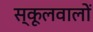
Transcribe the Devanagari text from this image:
स्कूलवालों